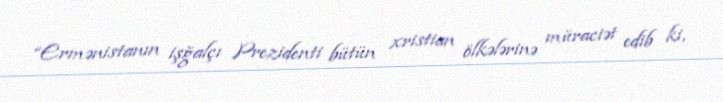
“Ermənistanın işğalçı Prezidenti bütün xristian ölkələrinə müraciət edib ki,